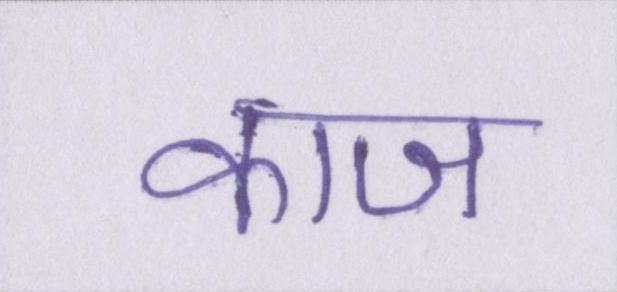
काज